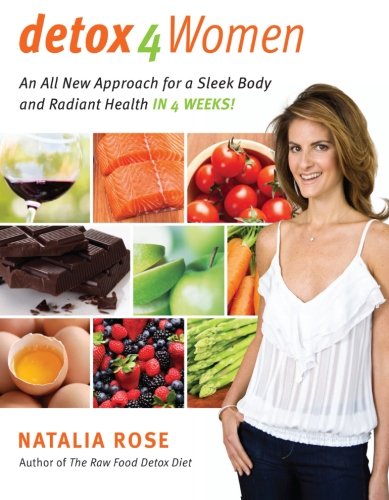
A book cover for Detox for Women: An All New Approach for a Sleek Body and Radiant Health in 4 Weeks; Natalia Rose; Health, Fitness & Dieting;